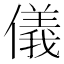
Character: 儀